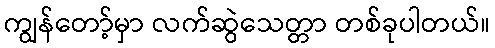
ကျွန်တော့်မှာ လက်ဆွဲသေတ္တာ တစ်ခုပါတယ်။